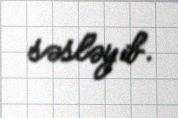
səsləyib.